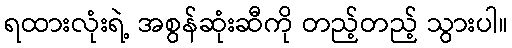
ရထားလုံးရဲ့ အစွန်ဆုံးဆီကို တည့်တည့် သွားပါ။